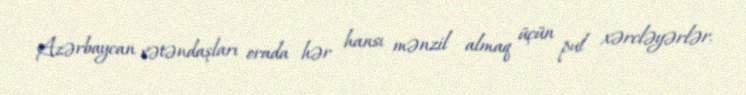
Azərbaycan vətəndaşları orada hər hansı mənzil almaq üçün pul xərcləyərlər.